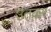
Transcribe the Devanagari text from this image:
उतकर